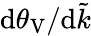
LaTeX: \mathrm{d}\theta_{\mathrm{V}}/\mathrm{d}\tilde{k}